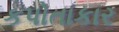
કપોતાકાર